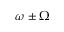
\omega \pm \Omega